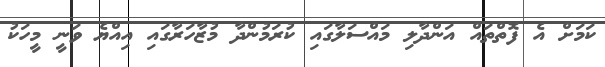
ކަމަށް އެ ފޮތްތައް އަންދާލި މައްސަލާގައި ކުރަމުންދާ މުޒާހަރާގައި އިއްޔެ ވަނީ މީހަކު